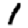
Digit: 1